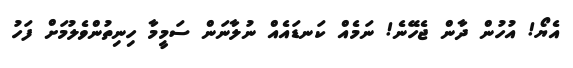
އެޔޯ! އުހުން ދާން ޖެހޭނެ! ނަމެއް ކަނޑައެއް ނުލާނަން ސަމީމާ ހިނިތުންވެލުމަށް ފަހު